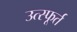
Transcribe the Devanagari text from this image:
उत्‍स्फूर्त